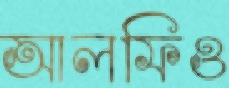
আলফিও